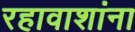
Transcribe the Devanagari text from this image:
रहावाशांना